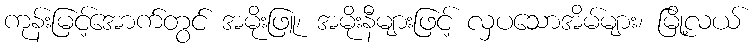
ကုန်းမြင့်အောက်တွင် အမိုးဖြူ၊ အမိုးနီများဖြင့် လှပသောအိမ်များ၊ မြို့လယ်